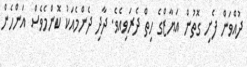
ދުއްވަން ފެށި ގޮތުން އަޔާޒްގެ ހިތް ދެރަވިއެވެ. ދާދި ދެންމެއަކު ކޮންމެވެސް އަންހެން